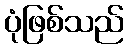
ပုံဖြစ်သည်